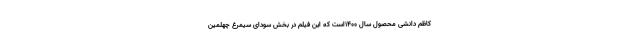
کاظم دانشی محصول سال ۱۴۰۰است که این فیلم در بخش سودای سیمرغ چهلمین